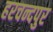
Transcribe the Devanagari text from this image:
हरचन्दपुर